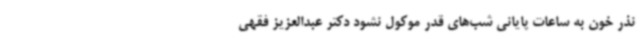
نذر خون به ساعات پایانی شب‌های قدر موکول نشود دکتر عبدالعزیز فقهی